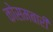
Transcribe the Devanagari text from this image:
कोसमबारी